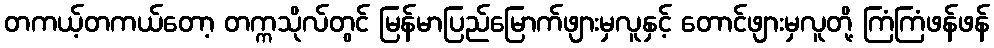
တကယ့်တကယ်တော့ တက္ကသိုလ်တွင် မြန်မာပြည်မြောက်ဖျားမှလူနှင့် တောင်ဖျားမှလူတို့ ကြံကြံဖန်ဖန်